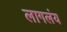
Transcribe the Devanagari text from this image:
लागलंय